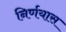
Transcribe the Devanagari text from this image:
निर्णयास